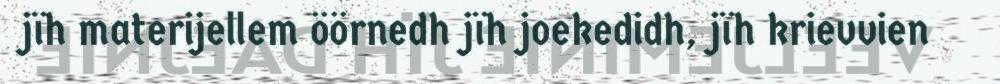
jïh materijellem öörnedh jïh joekedidh, jïh krievvien